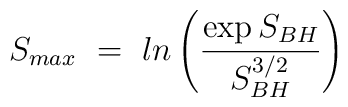
S_{max}~=~ln \left( {\exp{S_{BH}} \over S_{BH}^{3/2} } \right)~